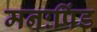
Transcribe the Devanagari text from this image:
मनःपिंड